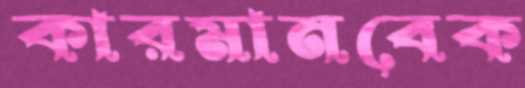
কারমানবেক